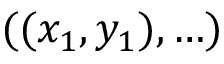
( ( x _ { 1 } , y _ { 1 } ) , \ldots )